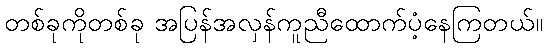
တစ်ခုကိုတစ်ခု အပြန်အလှန်ကူညီထောက်ပံ့နေကြတယ်။